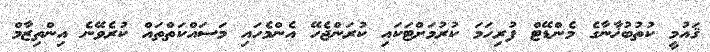
ޤައުމީ ކުތުބުޚާނާގެ މެންޑޭޓް ފުރިހަމަ ކުރުމަށްޓަކައި ކުރަންޖެހޭ އެންމެހައި މަސައްކަތްތައް ކުރެވޭނެ އިންތިޒާމް